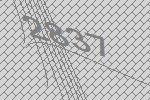
2837